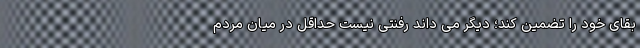
بقای خود را تضمین کند؛ دیگر می داند رفنتی نیست حداقل در میان مردم